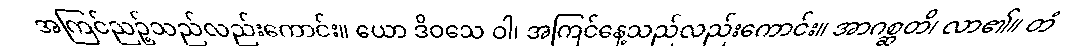
အကြင်ညဉ့်သည်လည်းကောင်း။ ယော ဒိဝသေ ဝါ၊ အကြင်နေ့သည်လည်းကောင်း။ အာဂစ္ဆတိ၊ လာ၏။ တံ